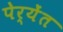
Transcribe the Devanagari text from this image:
पेर्येंत